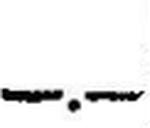
—.—